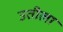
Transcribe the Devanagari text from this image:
उतीला